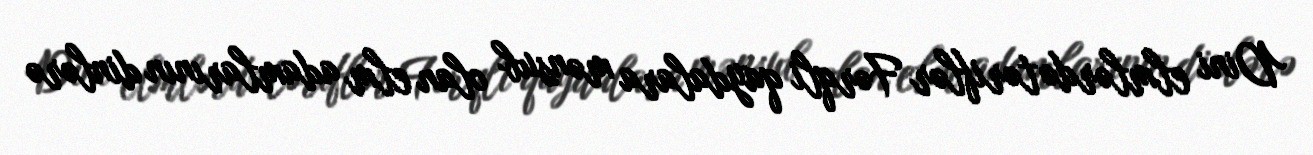
Dini elmlərdə təriflər Fərqli qaydalara mənsub olan elm adamlarının dinlərə